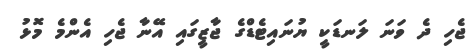
ޖެހި ދެ ވަނަ ލަނޑަކީ ޔުނައިޓެޑްގެ ޖާޒީގައި އޭނާ ޖެހި އެންމެ މޮޅު